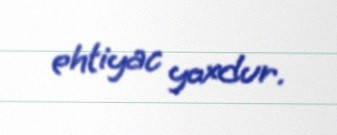
ehtiyac yoxdur.